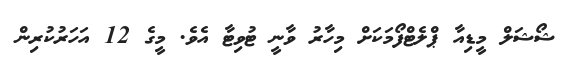
ޝޯޝަލް މީޑިއާ ޕްލެޓްފޯމަކަށް މިހާރު ވާނީ ޓުވިޓާ އެވެ. މީގެ 12 އަހަރުކުރިން